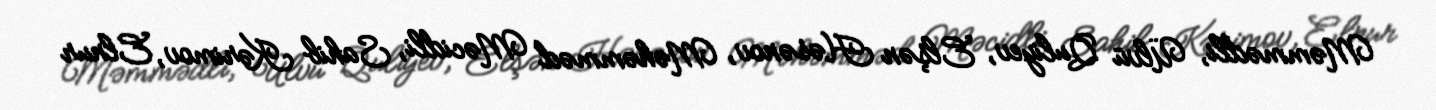
Məmmədli, Ülvü Quliyev, Elşən Həsənov, Məhəmməd Məcidli, Sahib Kərimov, Elnur